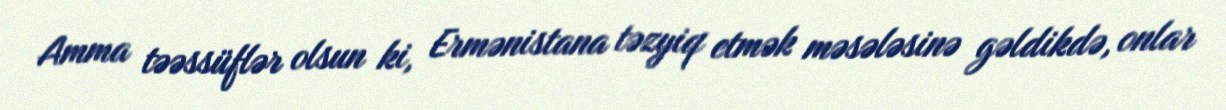
Amma təəssüflər olsun ki, Ermənistana təzyiq etmək məsələsinə gəldikdə, onlar